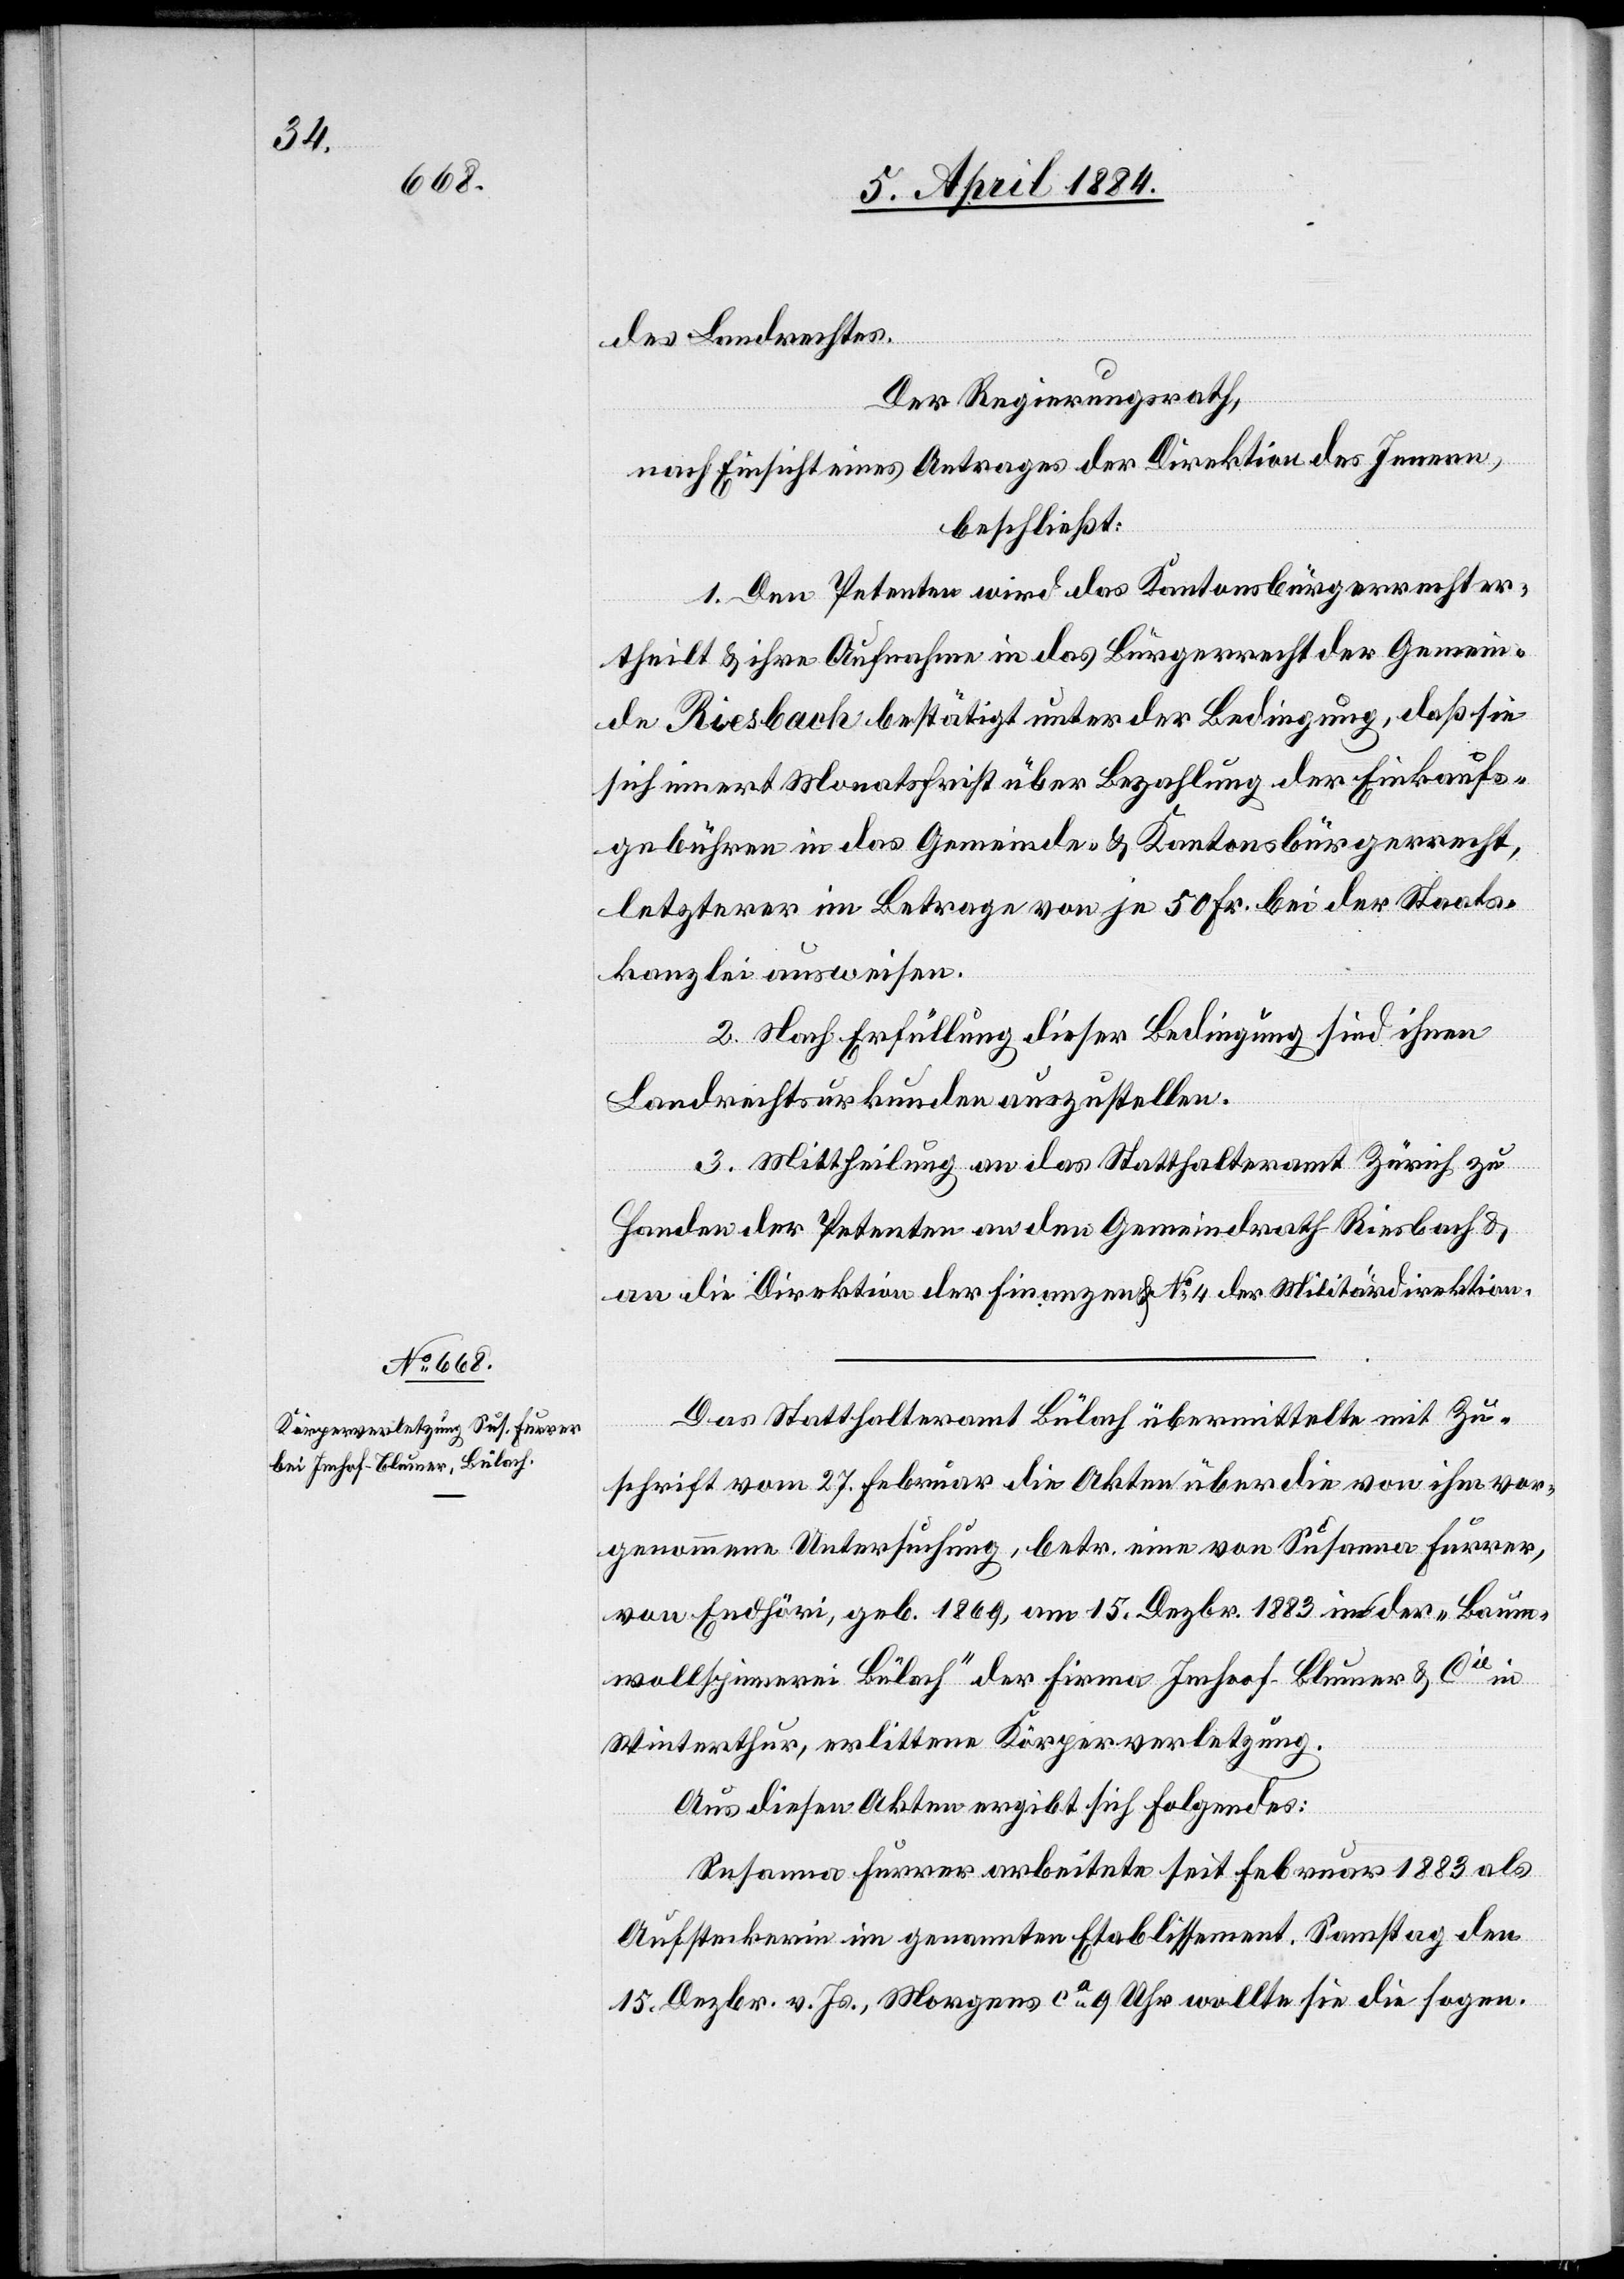
des Landrechtes.
Der Regierungsrath,
nach Einsicht eines Antrages der Direktion des Innern,
beschließt:
1. Den Petenten wird das Kantonsbürgerrecht er¬
theilt & ihre Aufnahme in das Bürgerrecht der Gemein¬
de Riesbach bestätigt unter der Bedingung, daß sie
sich innert Monatsfrist über Bezahlung der Einkaufs¬
gebühren in das Gemeinde- & Kantonsbürgerrecht,
letzterer im Betrage von je 50 Fr. bei der Staats¬
kanzlei ausweisen.
2. Nach Erfüllung dieser Bedingung sind ihnen
Landrechtsurkunden auszustellen.
3. Mittheilung an das Statthalteramt Zürich zu
Handen der Petenten an den Gemeindrath Riesbach &
an die Direktion der Finanzen & No 4 der Militärdirektion.
Das Statthalteramt Bülach übermittelte mit Zu¬
schrift vom 27. Februar die Akten über die von ihm vor¬
genommene Untersuchung, betr. eine von Susanna Feurer,
von Endhöri, geb. 1869, am 15. Dezbr. 1883 in der „Baum¬
wollspinnerei Bülach“ der Firma Imhoof [sic!]-Blumer & Cie in
Winterthur, erlittene Körperverletzung.
Aus diesen Akten ergibt sich folgendes:
Susanna Feurer arbeitete seit Februar 1883 als
Aufsteckerin im genannten Etablissement. Samstag den
15. Dezbr. v. Js., Morgens ca 9 Uhr wollte sie die sogen.